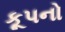
કૂપનો